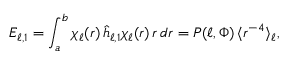
E _ { \ell , 1 } = \int _ { a } ^ { b } \chi _ { \ell } ( r ) \, \hat { h } _ { \ell , 1 } \chi _ { \ell } ( r ) \, r \, d r = P ( \ell , \Phi ) \, \langle r ^ { - 4 } \rangle _ { \ell } ,